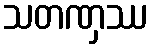
သတဏှဿ